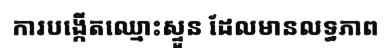
ការបង្កើតឈ្មោះស្ទួន ដែលមានលទ្ធភាព